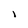
Character: I